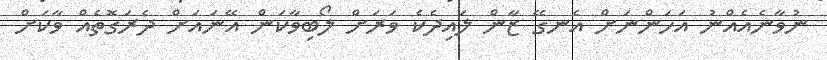
ނުވާނެއެއްނު އަހަންނަށް އެނގޭ ޒާން ލައިދެކެ ވަރަށް ލޯބިވާކަން އޭނައަށް ދެރަގޮތެއް ވާކަށް